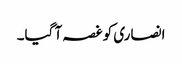
انصاری کو غصہ آ گیا۔